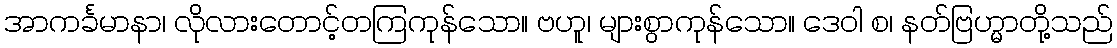
အာကင်္ခမာနာ၊ လိုလားတောင့်တကြကုန်သော။ ဗဟူ၊ များစွာကုန်သော။ ဒေဝါ စ၊ နတ်ဗြဟ္မာတို့သည်